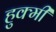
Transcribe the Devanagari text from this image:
हुक्मी